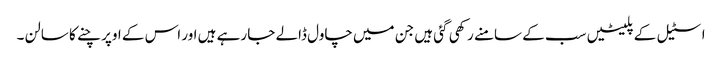
اسٹیل کے پلیٹیں سب کے سامنے رکھی گئی ہیں جن میں چاول ڈالے جا رہے ہیں اور اس کے اوپر چنے کا سالن ۔